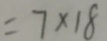
= 7 \times 1 8